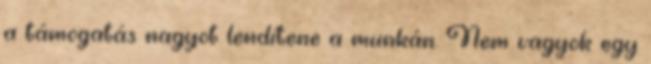
a támogatás nagyot lendítene a munkán. Nem vagyok egy